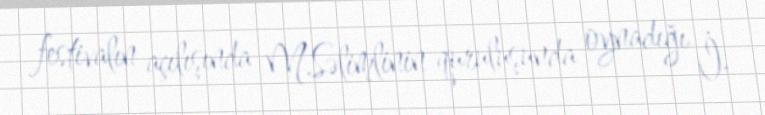
festivalın açılışında M.Səlimlinin quruluşunda oynadığı İ.